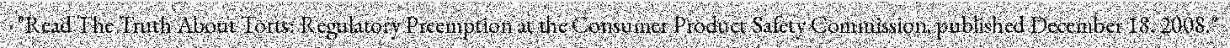
"Read The Truth About Torts: Regulatory Preemption at the Consumer Product Safety Commission, published December 18, 2008."